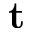
{ \bf t }